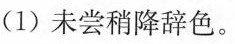
(1) 尝降辞色。